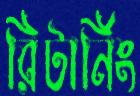
রিটার্নিং